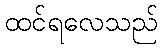
ထင်ရလေသည်